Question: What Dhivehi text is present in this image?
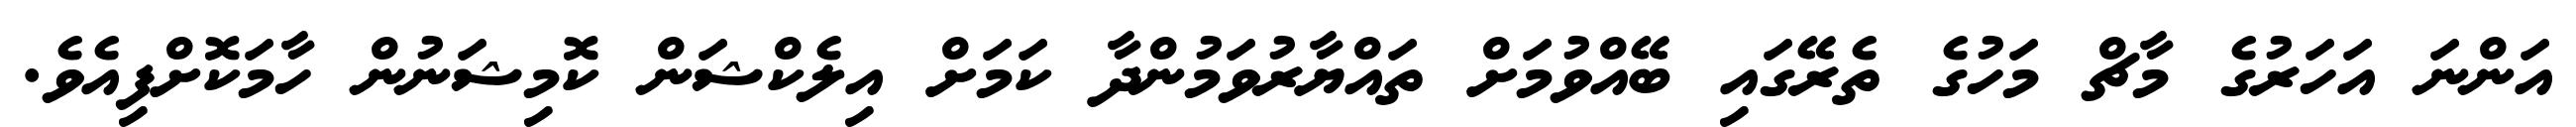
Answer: އަންނަ އަހަރުގެ މާޗް މަހުގެ ތެރޭގައި ބޭއްވުމަށް ތައްޔާރުވަމުންދާ ކަމަށް އިލެކްޝަން ކޮމިޝަނުން ހާމަކޮށްފިއެވެ.